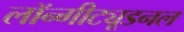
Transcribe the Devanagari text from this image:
लॉन्गीट्यूडनल